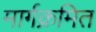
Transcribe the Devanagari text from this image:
मार्गक्रमित